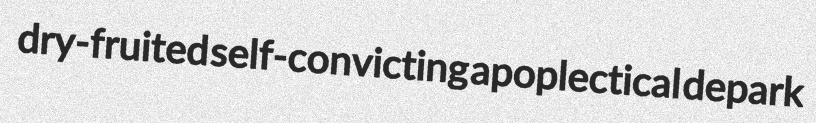
dry-fruited self-convicting apoplectical depark